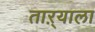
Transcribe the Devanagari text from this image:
ताऱ्‍याला